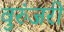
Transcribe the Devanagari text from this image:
वुरुंजरी